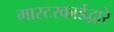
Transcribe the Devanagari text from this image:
मास्टरकार्डद्वारे